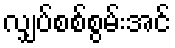
လျှပ်စစ်စွမ်းအင်